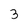
Character: 3